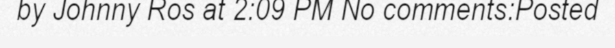
by Johnny Ros at 2:09 PM No comments:Posted